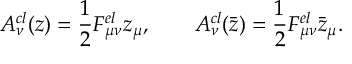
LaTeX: A _ { \nu } ^ { c l } ( z ) = \frac 1 2 F _ { \mu \nu } ^ { e l } z _ { \mu } , \qquad A _ { \nu } ^ { c l } ( \bar { z } ) = \frac 1 2 F _ { \mu \nu } ^ { e l } \bar { z } _ { \mu } .